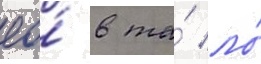
ео́ в та́ ло́